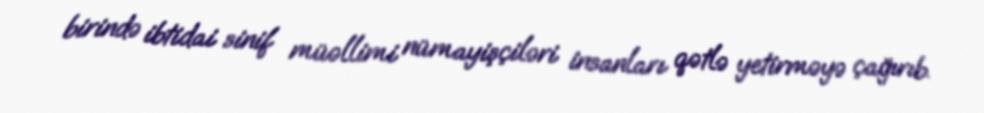
birində ibtidai sinif müəllimi nümayişçiləri insanları qətlə yetirməyə çağırıb.